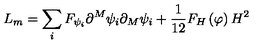
L _ { m } = \sum _ { i } F _ { \psi _ { i } } \partial ^ { M } \psi _ { i } \partial _ { M } \psi _ { i } + \frac 1 { 1 2 } F _ { H } \left( \varphi \right) H ^ { 2 }